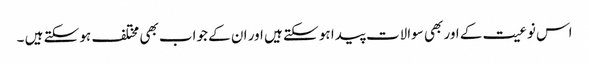
اس نوعیت کے اور بھی سوالات پیدا ہو سکتے ہیں اور ان کے جواب بھی مختلف ہو سکتے ہیں ۔